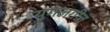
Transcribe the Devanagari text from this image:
युगलगीत